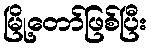
မြို့တော်ဖြစ်ပြီး